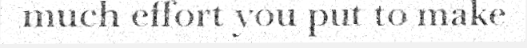
much effort you put to make